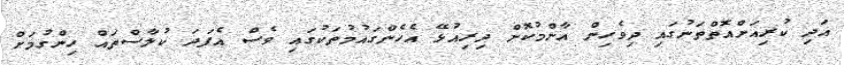
އަދި ކުރިއަށްއޮތްތަނުގައި ދިވެހިން އާންމުކޮށް ދިރިއުޅޭ އެހެންގައުމުތަކުގައި ވެސް އެފަދަ ކުލާސްތައް ހިންގުމަށް